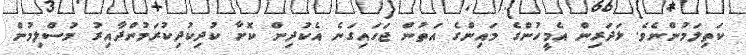
ކަތިލަމުންނެވެ. ޅަދަރިން އެމީހުންގެ މައިންގެ އަތުން ޖަހައިގަނެ އެކުދިން ކޮށާ ކުދިކުދިކުރަމުންދާއިރު މުސްލިމުން